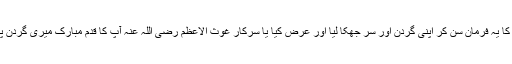
آپ نے عالم کشف میں دیکھا اور حضور غوثِ پاک کا یہ فرمان سن کر اپنی گردن اور سر جھکا لیا اور عرض کیا یا سرکارِ غوث الاعظم رضی اللہ عنہ آپ کا قدم مبارک میری گردن پر ہی نہیں بلکہ میرے سر اور میری آنکھوں پر ہے۔